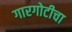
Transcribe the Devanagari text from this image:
गारगोटीचा